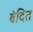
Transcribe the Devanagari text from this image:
बंदित